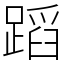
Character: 蹈